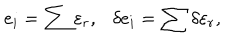
e _ { i } = \sum \varepsilon _ { r } , \delta e _ { i } = \sum \delta \varepsilon _ { r } ,